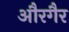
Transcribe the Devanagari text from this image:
औरगैर